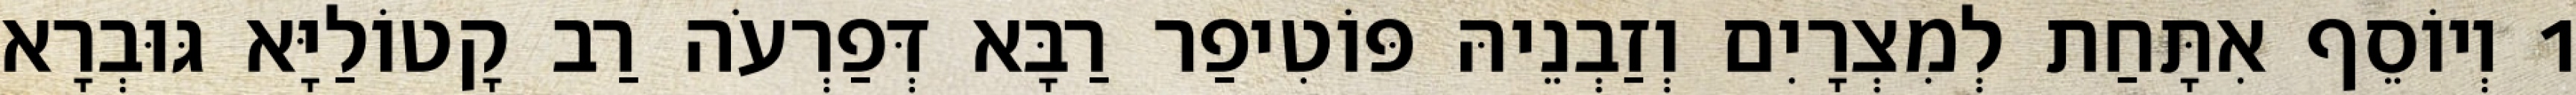
1 וְיוֹסֵף אִתָּחַת לְמִצְרָיִם וְזַבְנֵיהּ פּוֹטִיפַר רַבָּא דְּפַרְעֹה רַב קָטוֹלַיָּא גּוּבְרָא